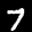
Label: 7